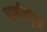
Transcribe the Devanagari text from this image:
घूर्णनवृत्त